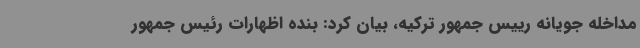
مداخله جویانه رییس جمهور ترکیه، بیان کرد: بنده اظهارات رئیس جمهور